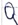
Text: Q